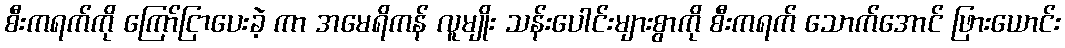
စီးကရက်ကို ကြော်ငြာပေးခဲ့ ကာ အမေရိကန် လူမျိုး သန်းပေါင်းများစွာကို စီးကရက် သောက်အောင် ဖြားယောင်း